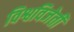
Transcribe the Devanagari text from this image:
विश्वविजेती